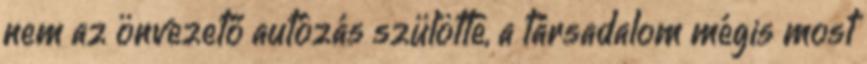
nem az önvezető autózás szülötte, a társadalom mégis most